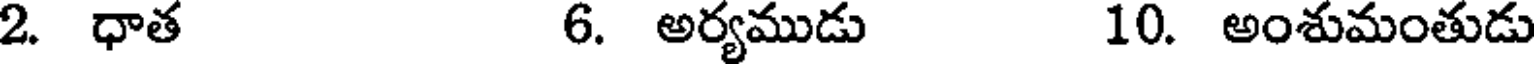
2. ధాత 6. అర్యముడు 10. అంశుమంతుడు